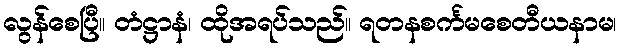
လွန်စေပြီ။ တံဋ္ဌာနံ၊ ထိုအရပ်သည်။ ရတနစင်္ကမစေတီယနာမ၊